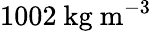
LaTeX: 1002~\textrm{kg}~\textrm{m}^{-3}